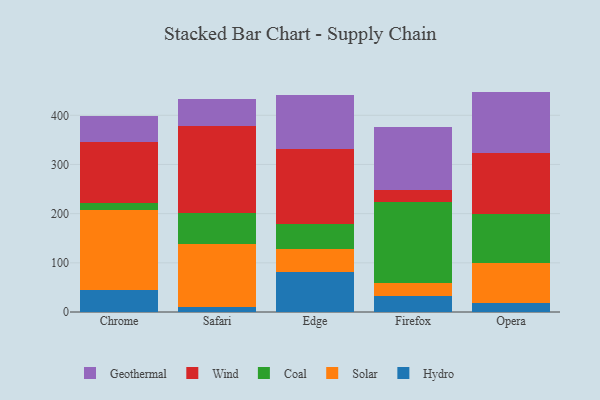
{"axis": {"x": "Browser", "y": "Page Views"}, "legend": ["Coal", "Geothermal", "Hydro", "Solar", "Wind"], "data": [{"x": "Chrome", "y": 44.8, "type": "Hydro"}, {"x": "Chrome", "y": 162.2, "type": "Solar"}, {"x": "Chrome", "y": 14.8, "type": "Coal"}, {"x": "Chrome", "y": 123.6, "type": "Wind"}, {"x": "Chrome", "y": 53.4, "type": "Geothermal"}, {"x": "Safari", "y": 9.9, "type": "Hydro"}, {"x": "Safari", "y": 128.6, "type": "Solar"}, {"x": "Safari", "y": 63.6, "type": "Coal"}, {"x": "Safari", "y": 176.9, "type": "Wind"}, {"x": "Safari", "y": 54.7, "type": "Geothermal"}, {"x": "Edge", "y": 80.7, "type": "Hydro"}, {"x": "Edge", "y": 46.8, "type": "Solar"}, {"x": "Edge", "y": 50.7, "type": "Coal"}, {"x": "Edge", "y": 152.4, "type": "Wind"}, {"x": "Edge", "y": 111.3, "type": "Geothermal"}, {"x": "Firefox", "y": 32.3, "type": "Hydro"}, {"x": "Firefox", "y": 27.6, "type": "Solar"}, {"x": "Firefox", "y": 164.3, "type": "Coal"}, {"x": "Firefox", "y": 24.8, "type": "Wind"}, {"x": "Firefox", "y": 127.4, "type": "Geothermal"}, {"x": "Opera", "y": 17.4, "type": "Hydro"}, {"x": "Opera", "y": 81.5, "type": "Solar"}, {"x": "Opera", "y": 101.2, "type": "Coal"}, {"x": "Opera", "y": 122.4, "type": "Wind"}, {"x": "Opera", "y": 125.7, "type": "Geothermal"}]}